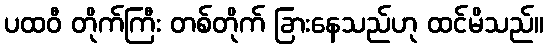
ပထဝီ တိုက်ကြီး တစ်တိုက် ခြားနေသည်ဟု ထင်မိသည်။